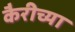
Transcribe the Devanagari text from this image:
कैरीच्या